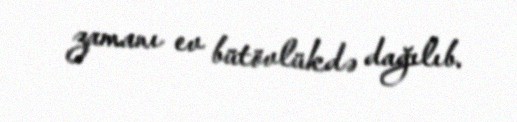
zamanı ev bütövlükdə dağılıb.